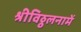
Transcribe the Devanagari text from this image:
श्रीविठ्ठलनामें